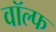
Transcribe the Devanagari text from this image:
वॉल्फ